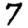
Digit: 7